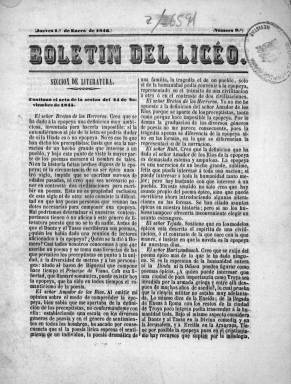
Título: Boletín del Liceo (Liceo Artístico y Literario de Madrid)
Colección: Literatura
Ámbito geográfico: Madrid
Lugar de publicación: Madrid
Fechas: 01/01/1846-10/06/1846

Esta publicación aparecida en 1845 proporcionaba información de orden interno de una de las instituciones fundamentales del Madrid romántico, el Liceo Artístico y Literario de Madrid, que había sido fundado en 1837. Junto al Ateneo y los cafés como ‘El Parnasillo’, donde se celebraban las tertulias, el Liceo fue la columna vertebral del mundo cultural madrileño en los primeros años del reinado de Isabel II.

  El editor Francisco de Paula Mellado, uno de los más importantes empresarios de prensa de la época, fue el editor e impresor del boletín del Liceo, que no parece que tuviera una vida larga pues finalizó en 1846. La Biblioteca Nacional de España posee cuatro números de la publicación de ese año.

Con cuatro páginas y periodicidad irregular, más o menos semanal, el contenido del boletín se centraba en recoger las actas de las reuniones de las distintas secciones del Liceo, Literatura, Música, Bellas Artes y Declamación, acuerdos de su junta de gobierno, catálogos de socios, con altas y bajas, los programas de las actividades que se realizaban en el centro, así como piezas literarias de los socios.

  Una de las cuestiones más interesantes de este boletín, donde figuran los escritores y artistas más destacados de la época, es ver la relación de mujeres que formaban parte del Liceo como socias. Así, por ejemplo, Rosario Weiss, ahijada de Goya, participó activamente en las sesiones de Bellas Artes como en las exposiciones patrocinadas por la institución.

En el número 13 de 3 de febrero de 1846 del boletín puede leerse una relación de los socios y socias del Liceo en sus diferentes secciones. En la de Literatura encabeza el listado de socias la novelista y poetisa Gertrudis Gómez de Avellaneda. Ese mismo número da cuenta de la asistencia a un concierto de la reina y la familia real.

  En la sección de Literatura se discutían las cuestiones más candentes del momento. Es curioso como ver cómo una cuestión que se plantea a debate, de la que se informa en el boletín del 1 de enero es ‘si es o no necesaria actualmente para los españoles la imitación de la literatura francesa’, lo que testimonia la fuerte influencia que la novela y el teatro francés ejercía en las letras españolas.

[Descripción publicada el 15/02/2023]